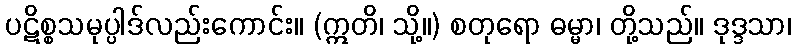
ပဋိစ္စသမုပ္ပါဒ်လည်းကောင်း။ (ဣတိ၊ သို့။) စတုရော ဓမ္မာ၊ တို့သည်။ ဒုဒ္ဒသာ၊